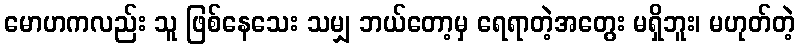
မောဟကလည်း သူ ဖြစ်နေသေး သမျှ ဘယ်တော့မှ ရေရာတဲ့အတွေး မရှိဘူး၊ မဟုတ်တဲ့